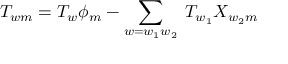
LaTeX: T _ { w m } = T _ { w } \phi _ { m } - \sum _ { w = w _ { 1 } w _ { 2 } } \; T _ { w _ { 1 } } X _ { w _ { 2 } m }